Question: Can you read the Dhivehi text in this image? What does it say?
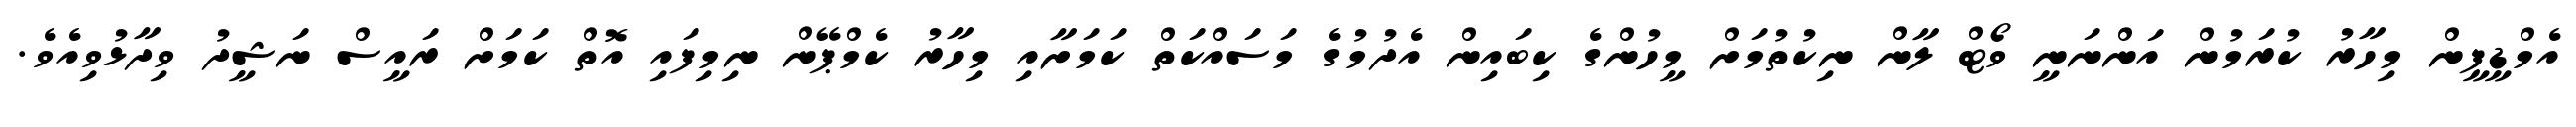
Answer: އެމްޑީޕީން މިހާރު ކުރަމުން އަންނަނީ ވޯޓް ލާން ނިކުތުމަށް މީހުންގެ ކިބައިން އެދުމުގެ މަސައްކަތް ކަމަށާއި މިހާރު ކެމްޕޭން ނިމިފައި އޮތް ކަމަށް ރައީސް ނަޝީދު ވިދާޅުވިއެވެ.